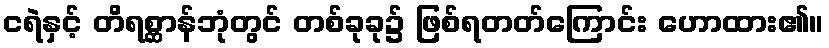
ငရဲနှင့် တိရစ္ဆာန်ဘုံတွင် တစ်ခုခု၌ ဖြစ်ရတတ်ကြောင်း ဟောထား၏။